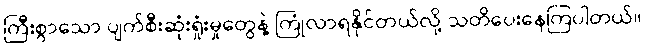
ကြီးစွာသော ပျက်စီးဆုံးရှုံးမှုတွေနဲ့ ကြုံလာရနိုင်တယ်လို့ သတိပေးနေကြပါတယ်။